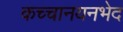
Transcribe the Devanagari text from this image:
कच्चानयनभेद